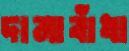
দানাবাঁধা